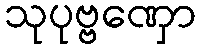
သုပုဗ္ဗဏှော